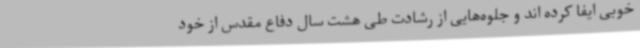
خوبی ایفا کرده اند و جلوه‌هایی از رشادت طی هشت سال دفاع مقدس از خود